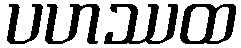
ပဟဿထ